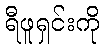
ရီဖူရှင်းကို